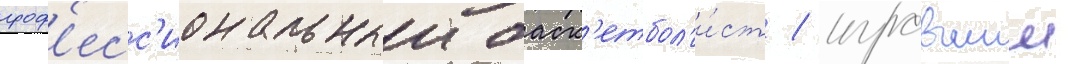
проф'есс'иональныи баск'етбол'и́ст / игравшии